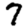
Digit: 7